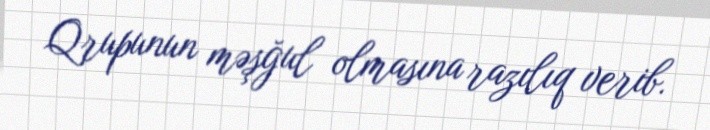
Qrupunun məşğul olmasına razılıq verib.